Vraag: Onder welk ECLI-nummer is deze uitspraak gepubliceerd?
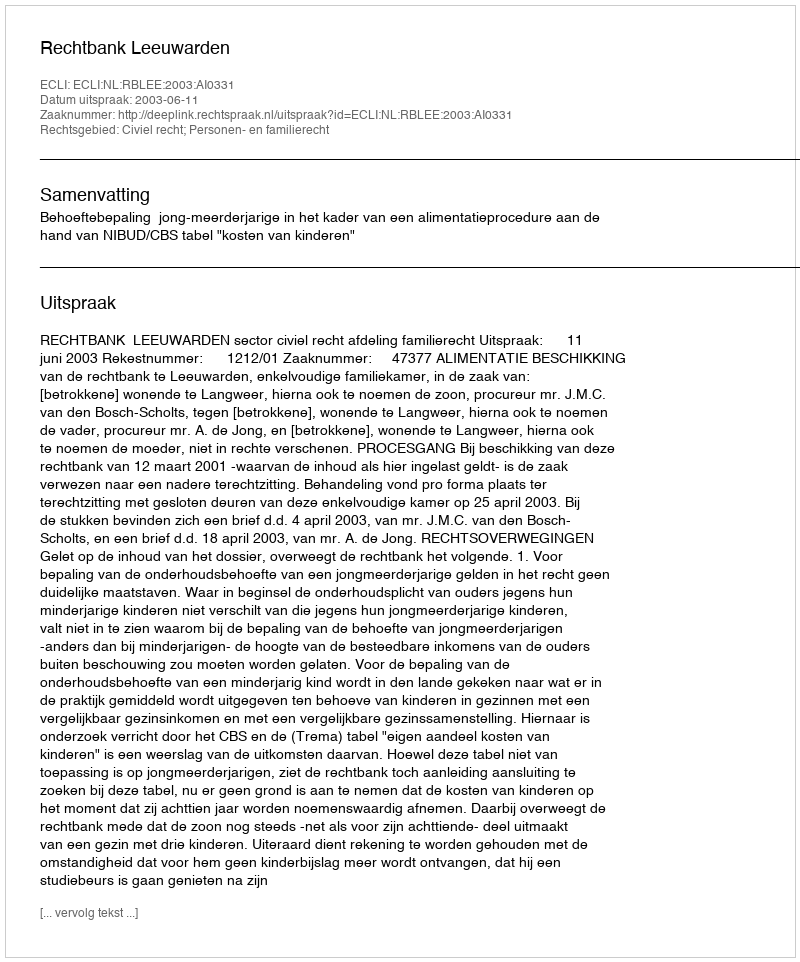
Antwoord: ECLI:NL:RBLEE:2003:AI0331